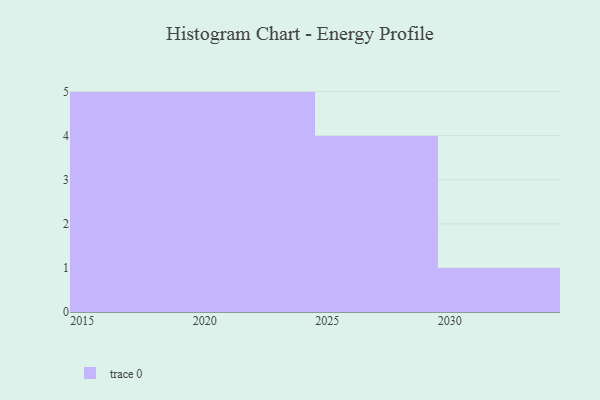
{"axis": {"x": "Year", "y": "Production Output"}, "legend": [""], "data": [{"x": "2025", "y": 90, "type": ""}, {"x": "2027", "y": 70, "type": ""}, {"x": "2015", "y": 28, "type": ""}, {"x": "2022", "y": 19, "type": ""}, {"x": "2019", "y": 75, "type": ""}, {"x": "2017", "y": 14, "type": ""}, {"x": "2018", "y": 80, "type": ""}, {"x": "2029", "y": 5, "type": ""}, {"x": "2030", "y": 50, "type": ""}, {"x": "2021", "y": 63, "type": ""}, {"x": "2028", "y": 68, "type": ""}, {"x": "2020", "y": 33, "type": ""}, {"x": "2016", "y": 36, "type": ""}, {"x": "2024", "y": 93, "type": ""}, {"x": "2023", "y": 51, "type": ""}]}